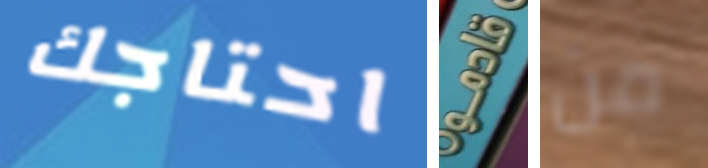
احتاجك قادمو من